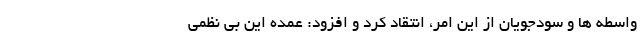
واسطه ها و سودجویان از این امر، انتقاد کرد و افزود: عمده این بی نظمی